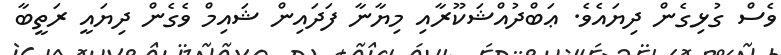
ވެސް ގުޅިގެން ދިޔައެވެ. ޢަބްދުއްޝަކޫރާއި މިޔާނާ ފަދައިން ޝައިމް ވެގެން ދިޔައީ ރަތީބާ